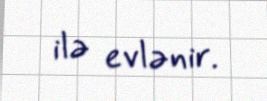
ilə evlənir.